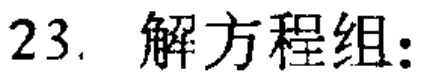
$23.\ 解方程组:$